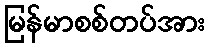
မြန်မာစစ်တပ်အား